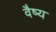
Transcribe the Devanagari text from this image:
वैष्य